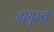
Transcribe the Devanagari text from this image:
जरयुस्त्री